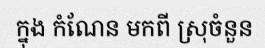
ក្នុង កំណែន មកពី ស្រុចំនួន